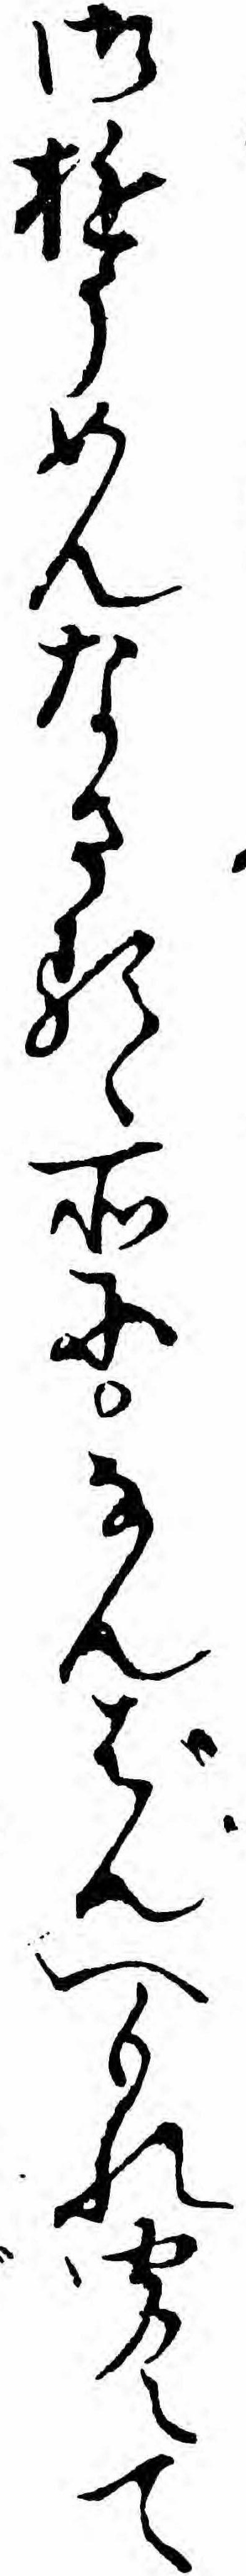
御ゆうめんなさるゝ所になんばんへもれ聞えて